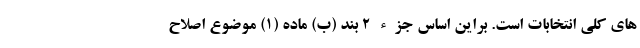
های کلی انتخابات است. براین اساس جزء ۲ بند (ب) ماده (۱) موضوع اصلاح